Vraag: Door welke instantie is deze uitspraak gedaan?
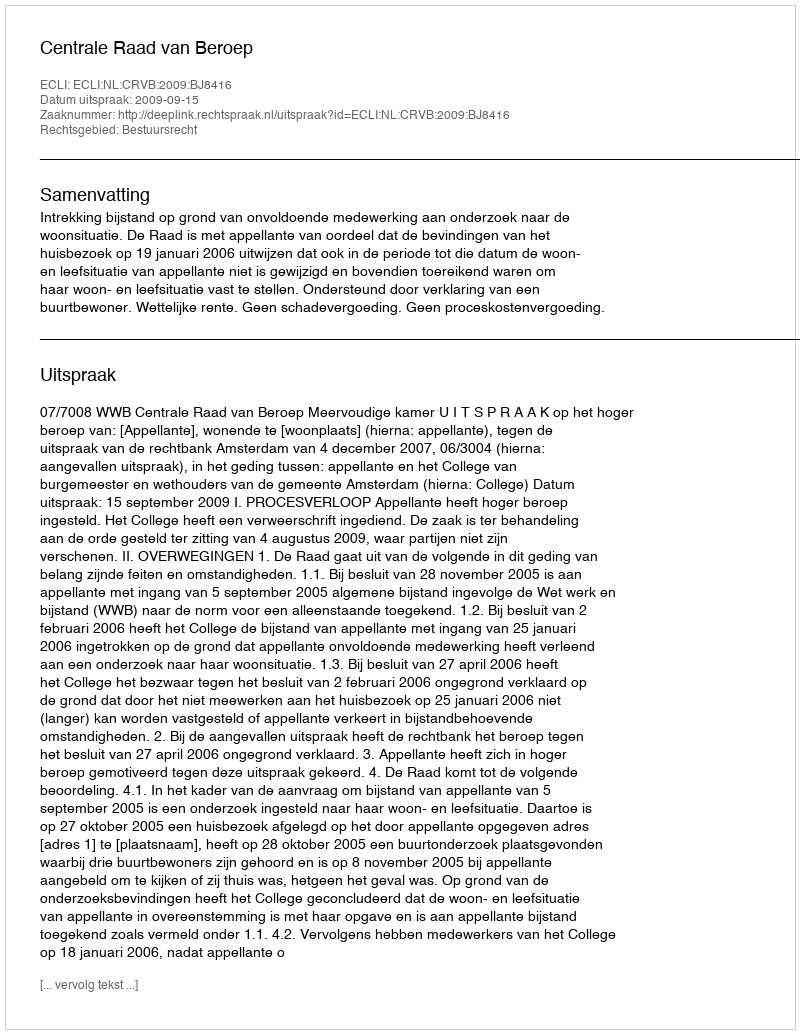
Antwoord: Centrale Raad van Beroep